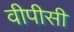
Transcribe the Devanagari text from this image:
वीपीसी